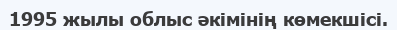
1995 жылы облыс әкімінің көмекшісі.